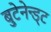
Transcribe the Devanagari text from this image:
बुटेनेन्ड्ट